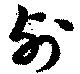
列